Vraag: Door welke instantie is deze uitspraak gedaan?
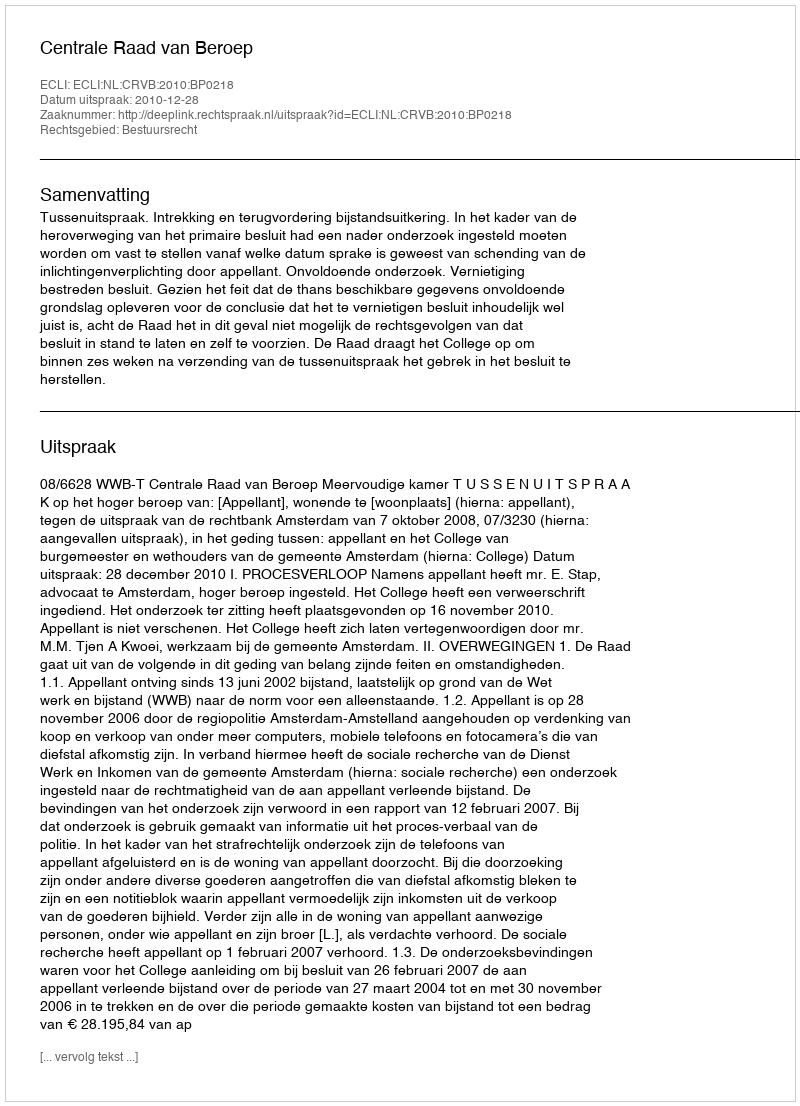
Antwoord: Centrale Raad van Beroep